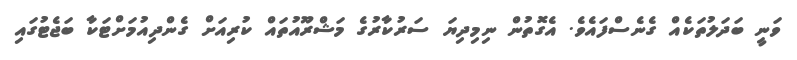
ވަނީ ބަދަލުތަކެއް ގެނެސްފައެވެ. އެގޮތުން ނިމިދިޔަ ސަރުކާރުގެ މަޝްރޫއުތައް ކުރިއަށް ގެންދިއުމަށްޓަކާ ބަޖެޓުގައި